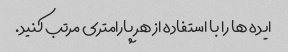
ایده ها را با استفاده از هر پارامتری مرتب کنید.